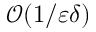
\mathcal { O } ( 1 / \varepsilon \delta )